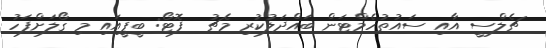
ޗެލްސީ އާއި ސައުތުހެމްޓަން ބައްދަލުކުރި މެޗު  ފޮޓޯ: ބީޕީއައި މި ގޯލަށްފަހު